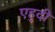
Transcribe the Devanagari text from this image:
एहुदी